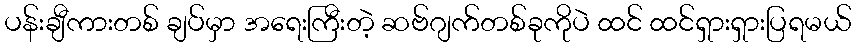
ပန်းချီကားတစ် ချပ်မှာ အရေးကြီးတဲ့ ဆဗ်ဂျက်တစ်ခုကိုပဲ ထင် ထင်ရှားရှားပြရမယ်